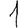
Digit: 1